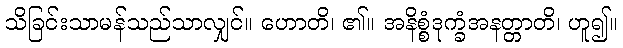
သိခြင်းသာမန်သည်သာလျှင်။ ဟောတိ၊ ၏။ အနိစ္စံဒုက္ခံအနတ္တာတိ၊ ဟူ၍။